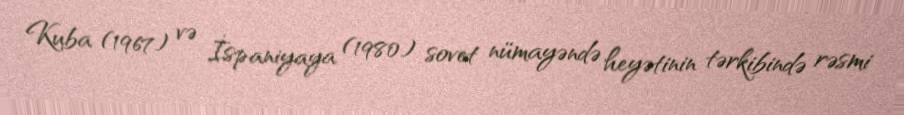
Kuba (1967) və İspaniyaya (1980) sovet nümayəndə heyətinin tərkibində rəsmi